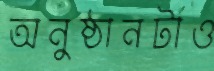
অনুষ্ঠানটাও